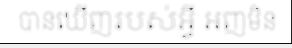
បានឃើញរបស់អ្វី អញមិន